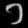
Digit: ၁